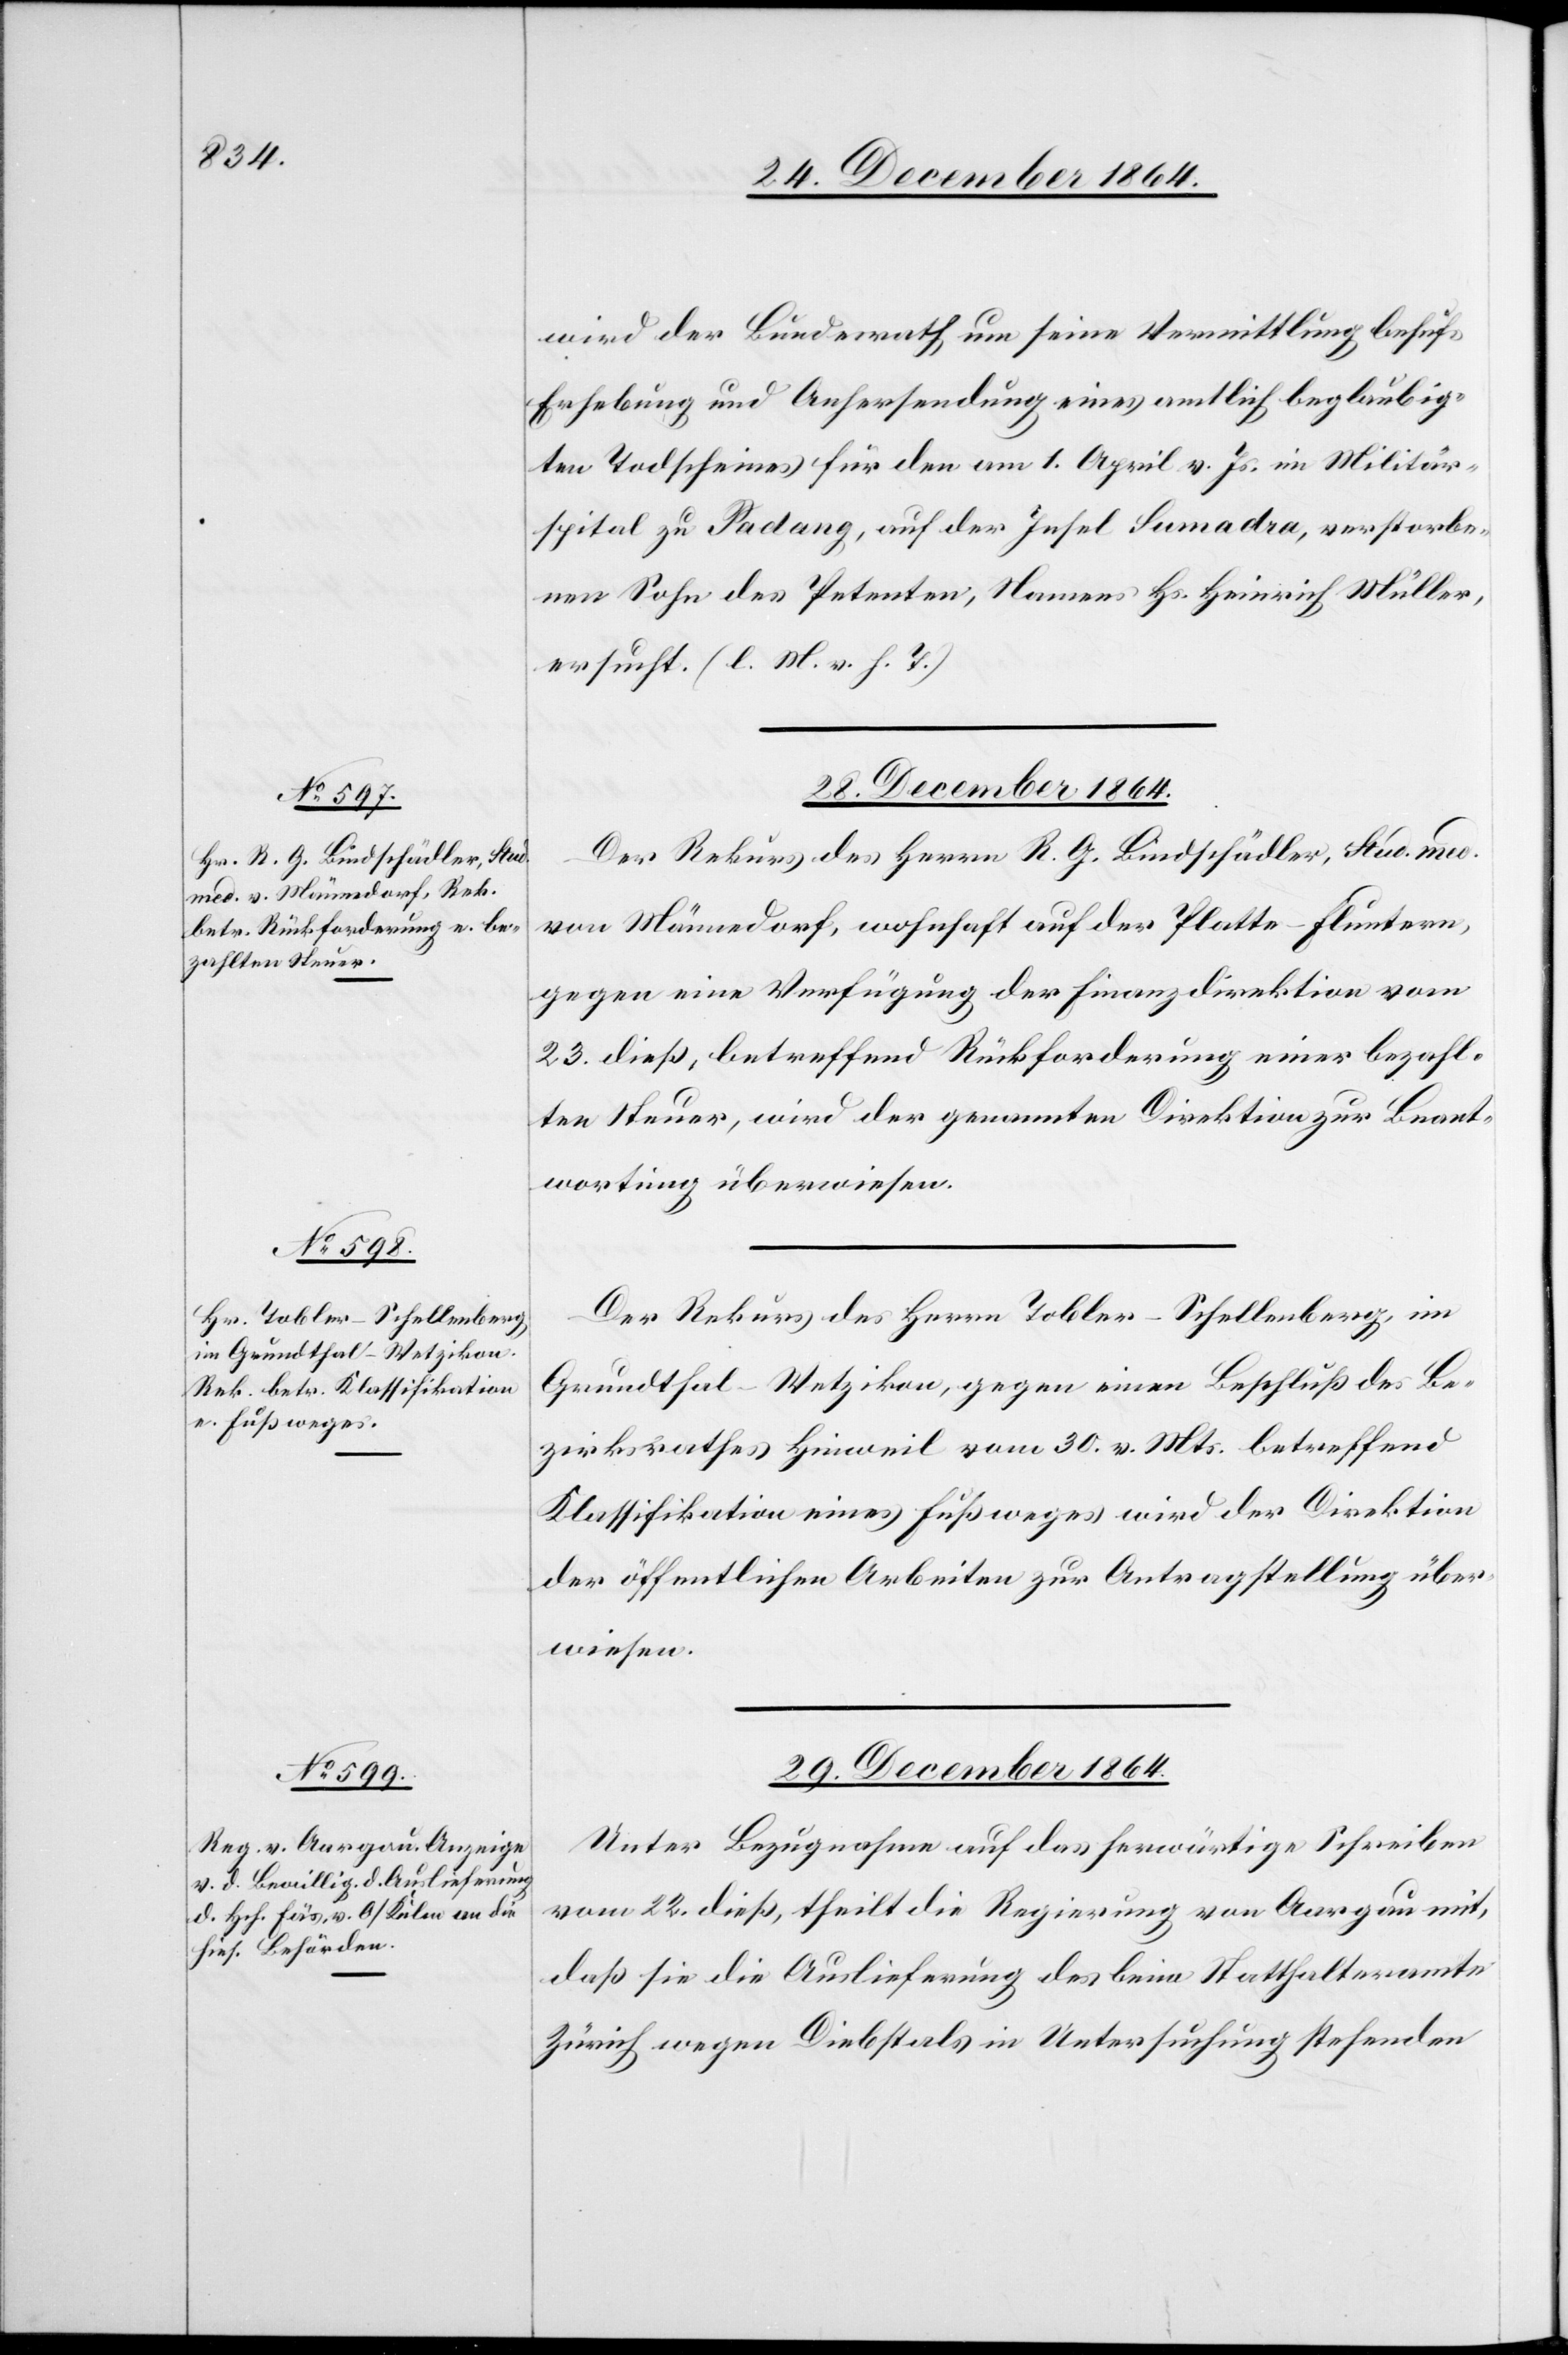
wird der Bundesrath um seine Vermittlung behufs
Erhebung und Anhersendung eines amtlich beglaubig¬
ten Todscheines für den am 1. April v. Js. im Militär¬
spital zu Padang, auf der Insel Sumadra [sic!], verstorbe¬
nen Sohn des Petenten, Namens Hs. Heinrich Müller,
ersucht. (l. M. v. h. T.)
29. December 1864.
Der Rekurs des Herrn R. G. Bindschädler, Stud. med.
von Männedorf, wohnhaft auf der Platte - Fluntern,
gegen eine Verfügung der Finanzdirektion vom
23. dieß, betreffend Rückforderung einer bezahl¬
ten Steuer, wird der genannten Direktion zur Beant¬
wortung überwiesen.
Der Rekurs des Herrn Tobler-Schellenberg, im
Grundthal - Wetzikon, gegen einen Beschluß des Be¬
zirksrathes Hinweil vom 30. v. Mts. betreffend
Klassifikation eines Fußweges wird der Direktion
der öffentlichen Arbeiten zur Antragstellung über¬
wiesen.
Unter Bezugnahme auf das herwärtige Schreiben
vom 22. dieß, theilt die Regierung von Aargau mit,
daß sie die Auslieferung des beim Statthalteramte
Zürich wegen Diebstals in Untersuchung stehenden